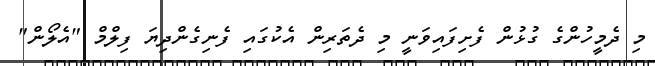
މި ދެމީހުންގެ ގުޅުން ފެށިފައިވަނީ މި ދެތަރިން އެކުގައި ފެނިގެންދިޔަ ފިލްމް "އެލޯން"